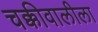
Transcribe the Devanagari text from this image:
चक्कीवालीला